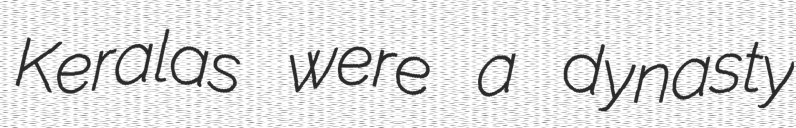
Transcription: Keralas were a dynasty